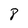
Character: 8